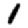
Digit: 1